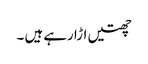
چھتیں اڑا رہے ہیں ۔